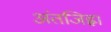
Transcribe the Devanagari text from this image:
अंतजिह्वा